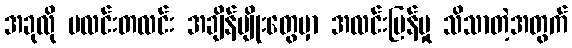
အခုလို မလင်းတလင်း အချိန်မျိုးတွေမှာ အလင်းပြန်မှု သိသာတဲ့အတွက်